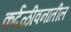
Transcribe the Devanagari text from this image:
कर्दळीवनातील